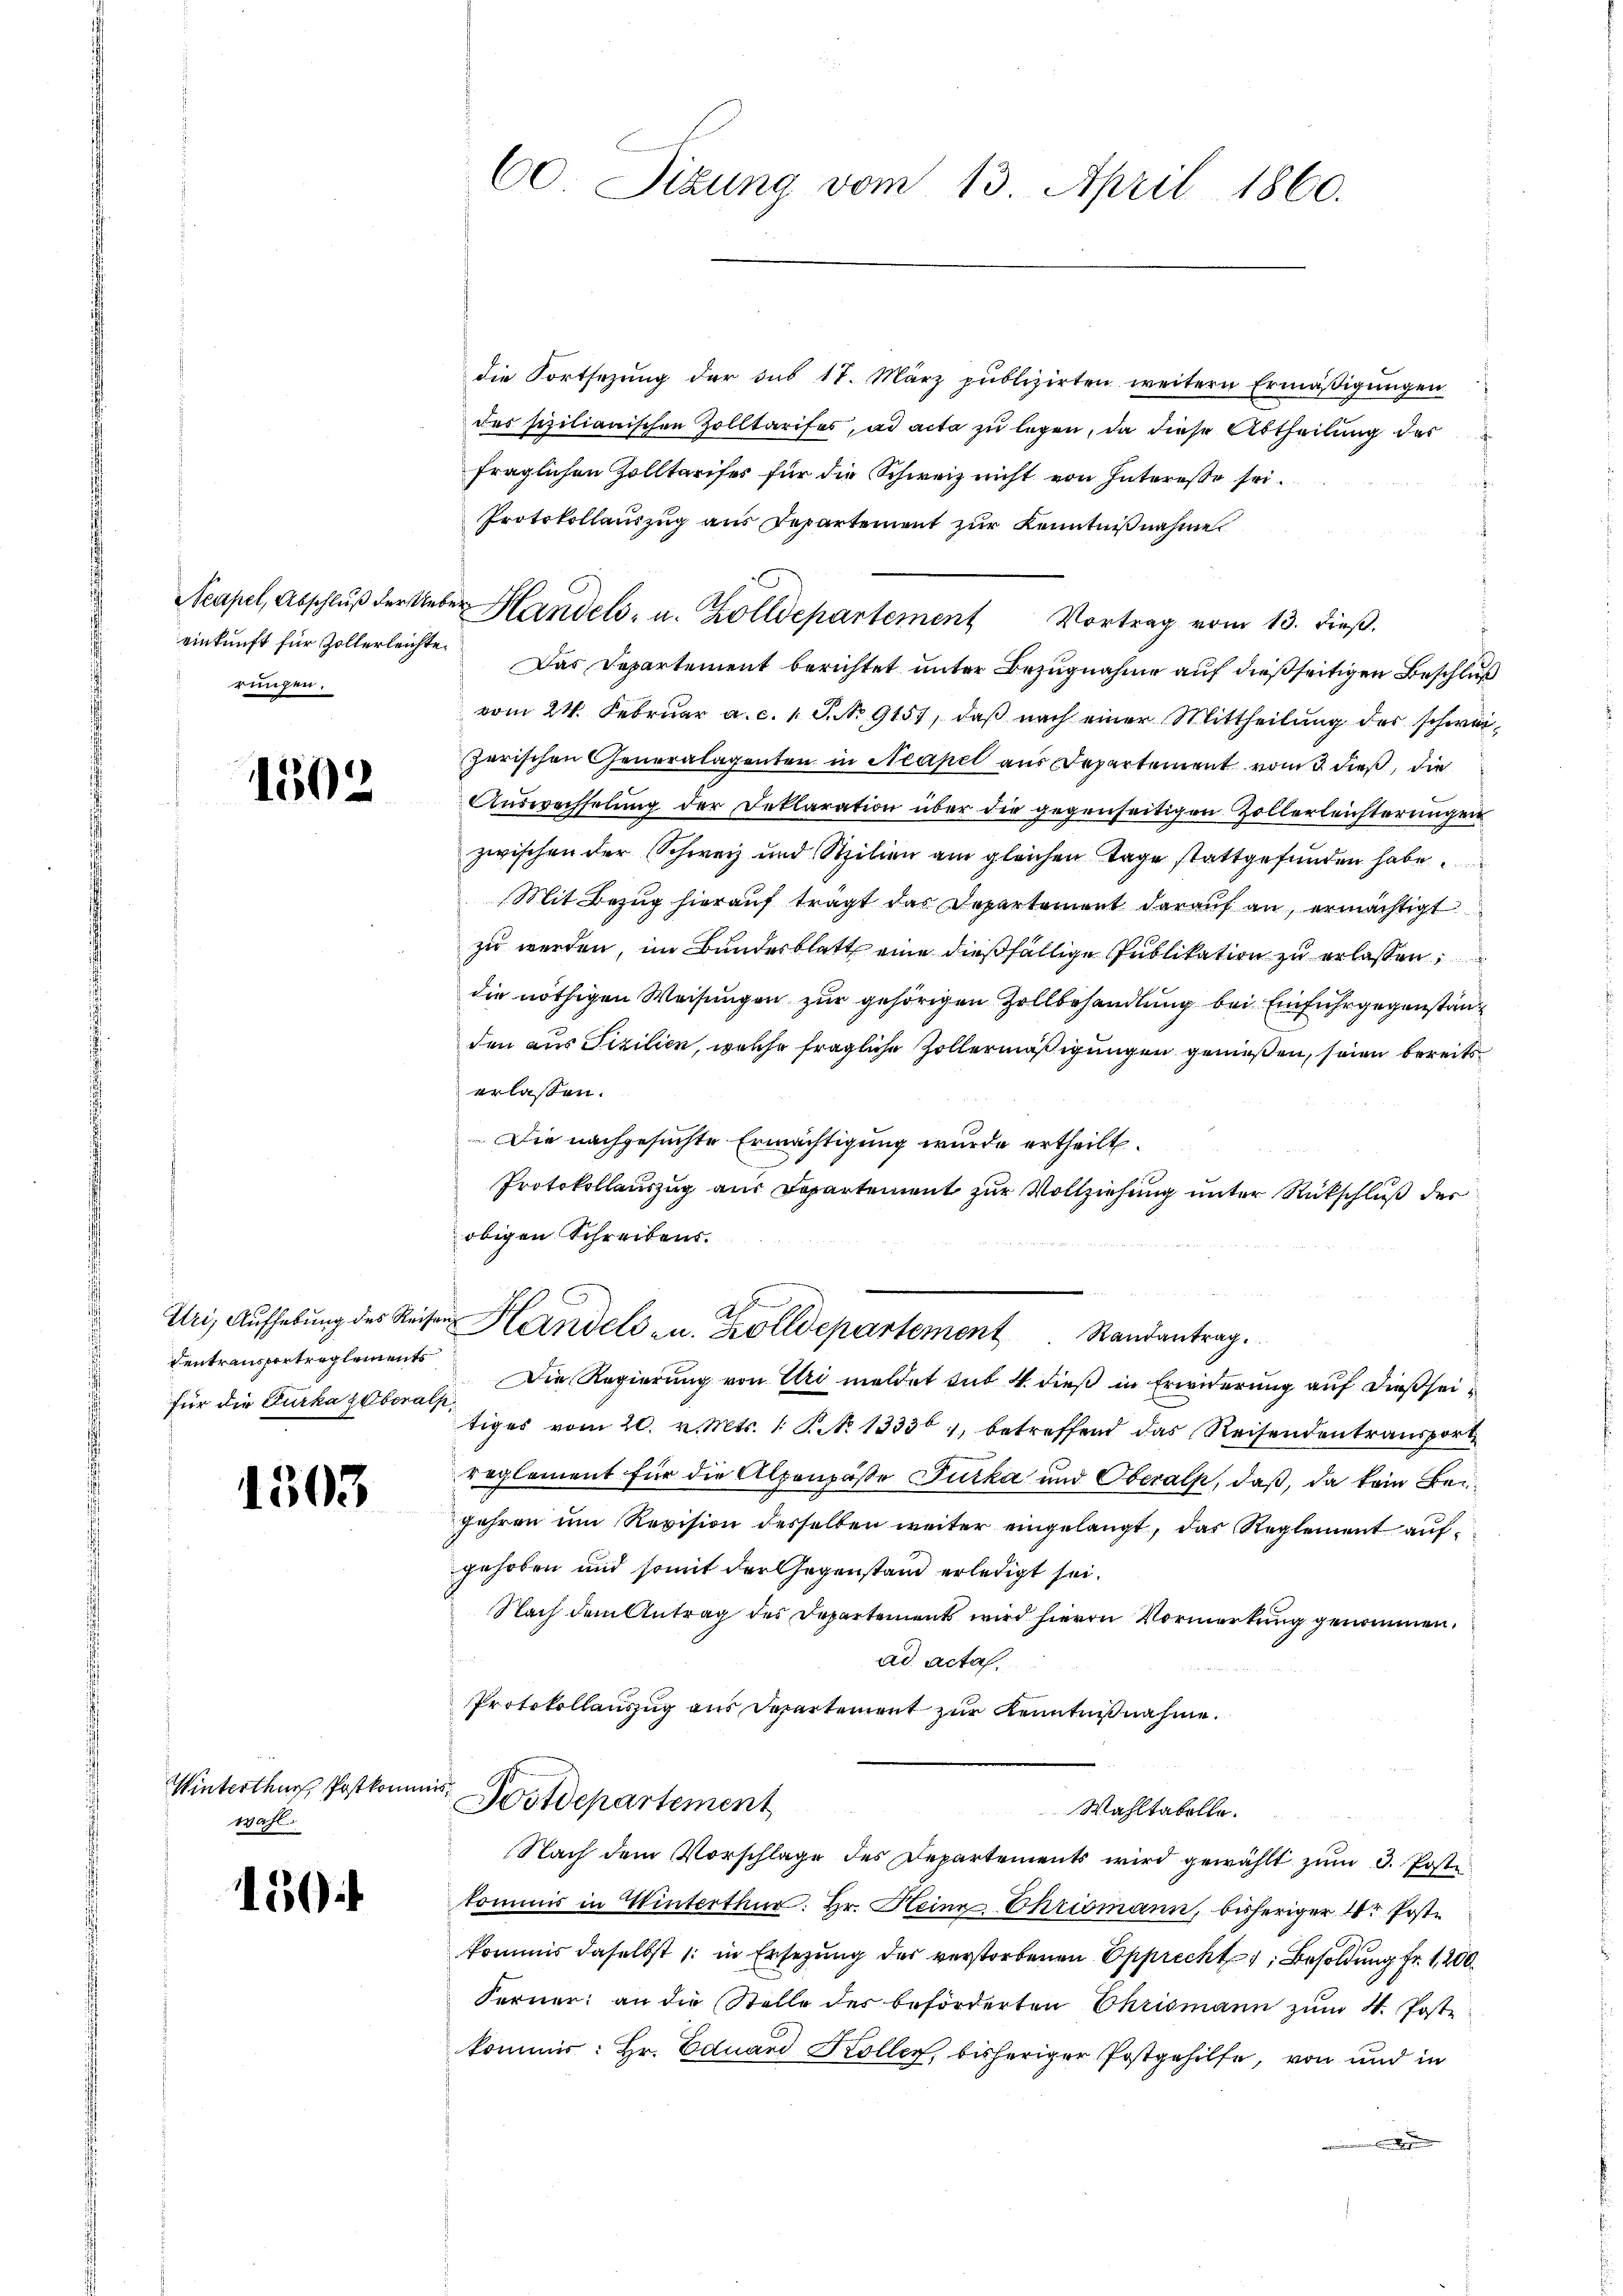
einkunft für Zollerleichte
rungen.

1502

Centransportreglements
für die Furka zuberalp

1503

Winterthur, Postkomm
wahl.

150

die Fortsezung der sub 17. März publizirten weitern Ermäβigŭngen
des sizilianischen Zolltarifes, ad acta zu legen, da diese Abtheilung des
fraglichen Zolltarifer für die Schweiz nicht von Interesse sei.
Protokollauszug aus Departement zur Kenntnißnahme
Das Departement berichtet unter Bezugnahme auf dießseitigen Beschluß
vom 24. Februar a. c. 1 S. Nr. 9151, daβ nach einer Mittheilung des schweizerischen Generalagenten in Neapel aus Departement vom 3. dieß, die
Auswechselung der Deklaration über die gegenseitigen Zollerleichterungen
zwischen der Schweiz und Stilien am gleichen Tage stattgefunden habe.
Mit Bezug hierauf trägt das Departement darauf an, ermächtigt
zu werden, im Bundesblatt eine dießfällige Publikation zu erlassen,
die nöthigen Weisungen zur gehörigen Zollbehandlung bei Einfuhrgegenständ
den aus Fizilien, welche fragliche Zollermäßigungen genießen, seien bereits
erlassen.
Die nachgesuchte Ermächtigung wurde ertheilt.
Protokollauszug aus Departement zur Vollziehung unter Rückschluß der
obigen Schreibens.
d
Uri, Aufhebung des Reisen Handels- u. Zolldepartement. Randantrag.
Die Regierung von Uri meldet sub 4 dieß in Erwiderung auf dießseitiges vom 20. v. Mts. 1. P. No 133301, betreffend das Reisendentransport
reglement für die Alpenpäße Furka und Oberalp, daß, da kein Bei¬
Jahren um Revision desselben weiter eingelangt, das Reglement auf
gehoben und somit der Gegenstand erledigt sei.
Nach dem Antrag des Departements wird hievon Vormerkung genommen.
.
ad acta,
Protokollauszug aus Departement zur Kenntnißnahme.
10
Postdepartement
Wahltabelle.
Nach dem Vorschlage des Departements wird gewählt zum 3. Poste
kommis in Winterthur: Hr. Heine Chrismann, bisheriger 1r Poste
kommis daselbst 1. in Ersezung des verstorbenen Epprecht, Besoldung Fr. 1200
Ferner: an die Stelle des beförderten Chrismann zŭm 4. Post-
kommer: Hr. Eduard Koller, bisheriger Postgehilfe, von und in
 Biese

60. Sizung vom 13. April 1860.

Neapel, Abschlŭβ der Ueber Handels- u. Zolldepartement Vortrag vom 13. dieβ.